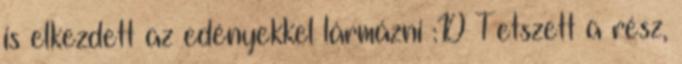
is elkezdett az edényekkel lármázni :D Tetszett a rész,